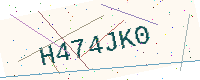
Text: H474JK0